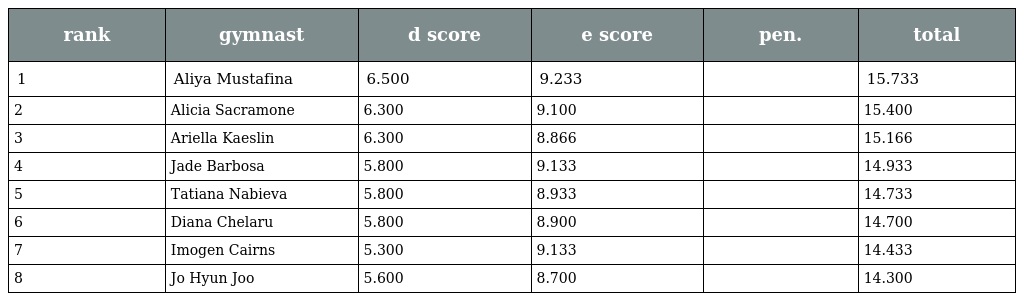
| rank | gymnast | d score | e score | pen. | total |
 | --- | --- | --- | --- | --- | --- |
 | 1 | Aliya Mustafina | 6.500 | 9.233 |  | 15.733 |
 | 2 | Alicia Sacramone | 6.300 | 9.100 |  | 15.400 |
 | 3 | Ariella Kaeslin | 6.300 | 8.866 |  | 15.166 |
 | 4 | Jade Barbosa | 5.800 | 9.133 |  | 14.933 |
 | 5 | Tatiana Nabieva | 5.800 | 8.933 |  | 14.733 |
 | 6 | Diana Chelaru | 5.800 | 8.900 |  | 14.700 |
 | 7 | Imogen Cairns | 5.300 | 9.133 |  | 14.433 |
 | 8 | Jo Hyun Joo | 5.600 | 8.700 |  | 14.300 |